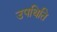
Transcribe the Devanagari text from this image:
उपथिति